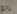
بالغ